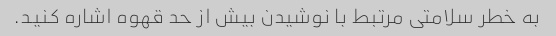
به خطر سلامتی مرتبط با نوشیدن بیش از حد قهوه اشاره کنید.